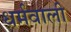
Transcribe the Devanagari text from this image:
धर्मवाली